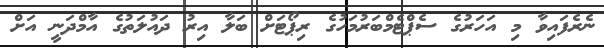
ނެރެފައިވާ މި އަހަރުގެ ސެޕްޓެމްބަރުމަހުގެ ރިޕޯޓަށް ބަލާ އިރު ދައުލަތުގެ އާމްދަނީ އަށް